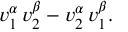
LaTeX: v _ { 1 } ^ { \alpha } \, v _ { 2 } ^ { \beta } - v _ { 2 } ^ { \alpha } \, v _ { 1 } ^ { \beta } .